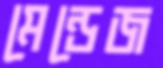
মেন্ডেজ